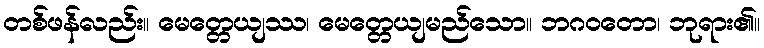
တစ်ဖန်လည်း။ မေတ္တေယျဿ၊ မေတ္တေယျမည်သော။ ဘဂဝတော၊ ဘုရား၏။